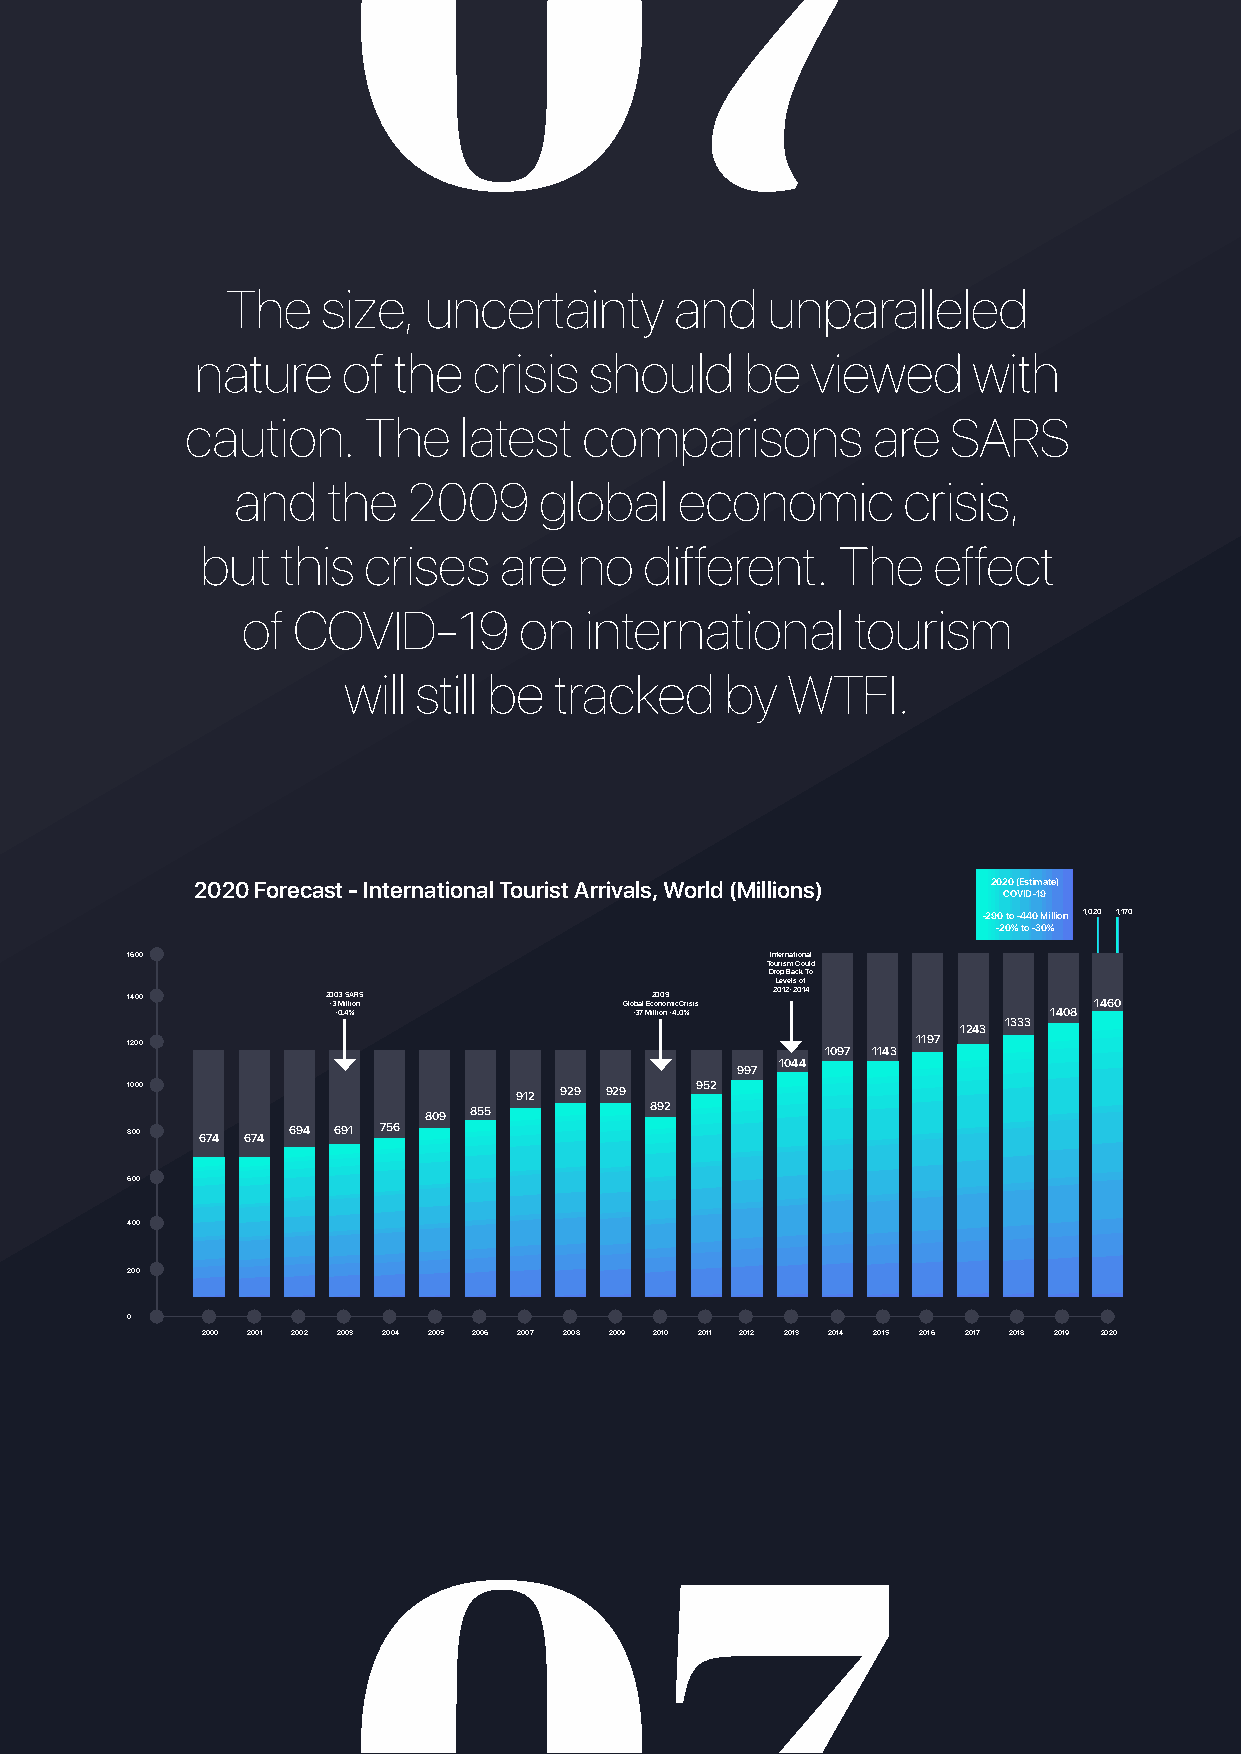
The   size,  uncertainty      and   unparalleled
 nature    of the  crisis  should    be   viewed    with
 caution.    The   latest   comparisons        are  SARS
 and    the  2009     global   economic       crisis,
 but   this crises   are  no   different.   The   effect
 of COVID-19       on   international    tourism
 will still be tracked    by  WTFI.
 2020 Forecast - International Tourist Arrivals, World (Millions) 202 C0 O ( VE Is Dt -im 19ate)
 -290 to -440 Million 1,020 1,170
 -20% to -30%
 1600                                       International
 Tourism Could
 Drop Back To
 Levels of
 1400          2 -0 30 M3 iS llA ioR nS Global Ec2 o0 n0 o9 mic Crisis 2012-2014 1460
 -0.4%               -37 Million -4.0%          1408
 1333
 1243
 1200                                                 1197
 1097 1143
 1044
 997
 1000                      912 929 929 952
 809 855        892
 800  674 674 694 691 756
 600
 400
 200
 0
 2000 2001 2002 2003 2004 2005 2006 2007 2008 2009 2010 2011 2012 2013 2014 2015 2016 2017 2018 2019 2020